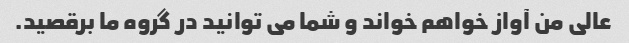
عالی من آواز خواهم خواند و شما می توانید در گروه ما برقصید.